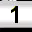
Digit: 1